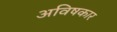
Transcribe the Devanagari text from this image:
अविषकार